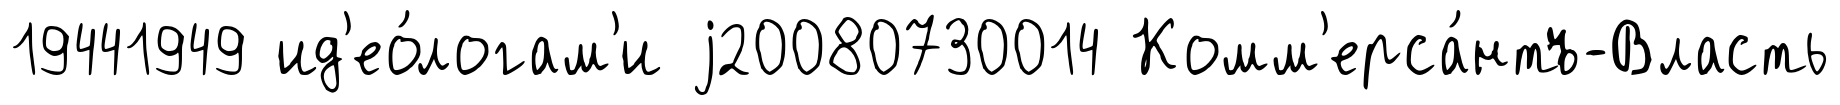
19441949 ид'ео́логам'и j20080730014 Комм'ерса́нтъ-Власть